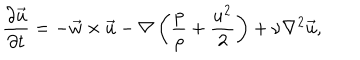
{ \frac { \partial \vec { u } } { \partial t } } = - \vec { w } \times \vec { u } - \nabla \left( { \frac { p } { \rho } } + { \frac { u ^ { 2 } } { 2 } } \right) + \nu \nabla ^ { 2 } \vec { u } ,